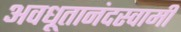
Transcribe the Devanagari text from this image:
अवधूतानंदस्वामी